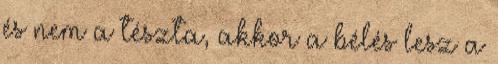
és nem a tészta, akkor a bélés lesz a